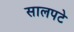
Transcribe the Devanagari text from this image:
सालपटे